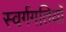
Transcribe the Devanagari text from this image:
स्वर्गगतियाँ